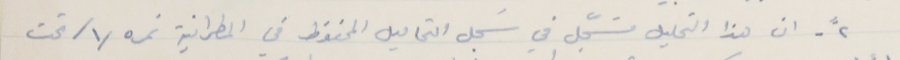
٢ ً- ان هذا التحليل مسجَّل في سَجل التحاليل المحفوظ في المطرانية نمره /١/ تحت